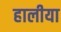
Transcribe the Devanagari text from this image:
हालीया